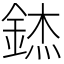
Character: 錰